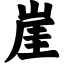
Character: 崖